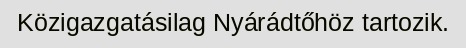
Közigazgatásilag Nyárádtőhöz tartozik.